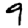
Digit: 9